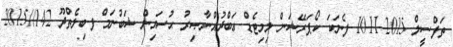
ތަފްސީލް 2015-11-10 ފެނަކަ ކޯޕަރޭޝަން ލިމިޓެޑް ޢަބްދުއްނާޞިރު ޙުސައިން ޝަބުނަމް ފ.ބިލެތްދޫ 142//2015